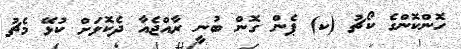
ހޮންކޮންގެ ކޯޗު (ކ) ޕެން ގޮން ބުނީ ރާއްޖެއާ ދެކޮޅަށް ކުޅޭ މެޗު